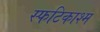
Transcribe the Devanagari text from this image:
स्फटिकाश्म